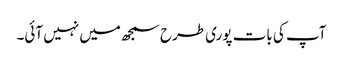
آپ کی بات پوری طرح سمجھ میں نہیں آئی۔